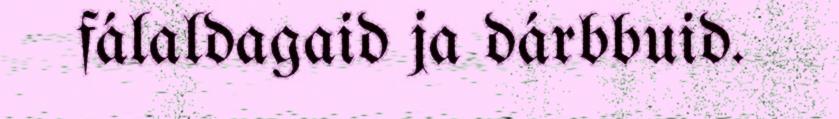
fálaldagaid ja dárbbuid.